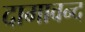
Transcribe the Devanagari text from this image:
दामावन्द